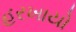
હરખાયો